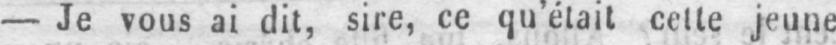
- Je vous ai dit, sire, ce qu’était cette jeune